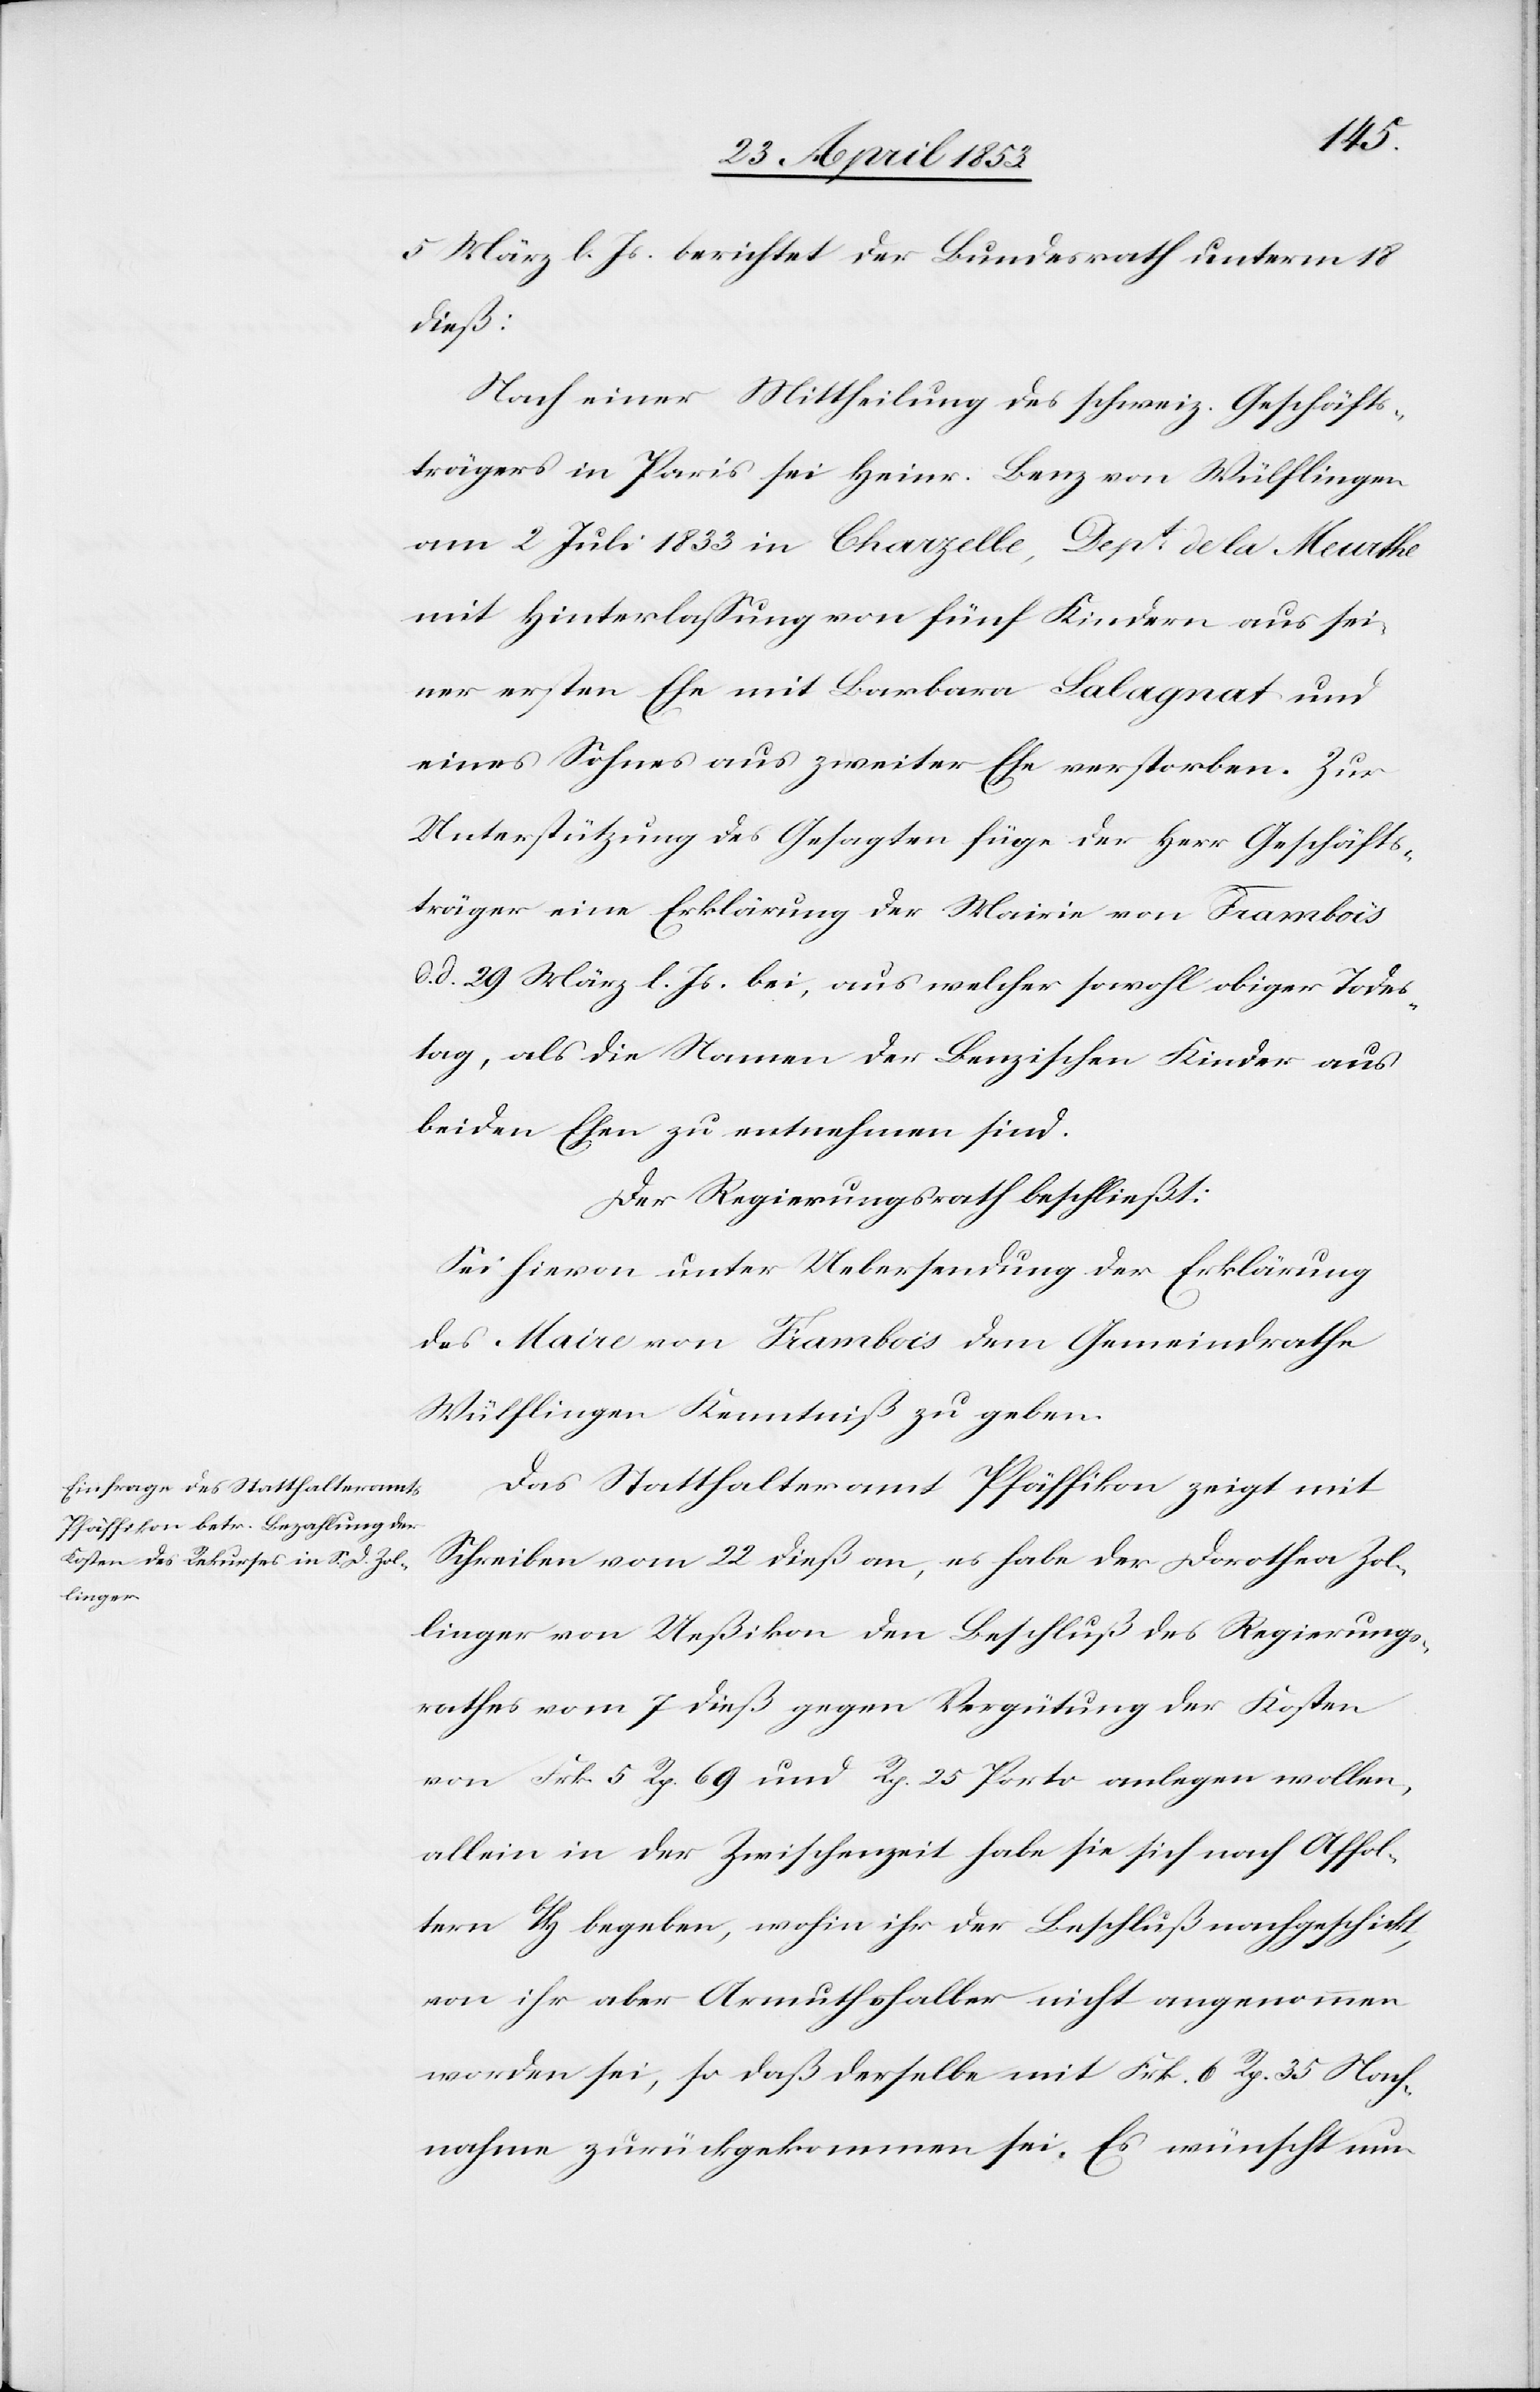
5 März l. Js. berichtet der Bundesrath unterm 18
dieß:
Nach einer Mittheilung des schweiz. Geschäfts¬
trägers in Paris sei Heinr. Benz von Wülflingen
am 2 Juli 1833 in Chapelle, Dept. de la Meurthe
mit Hinterlaßung von fünf Kindern aus sei¬
ner ersten Ehe mit Barbara Lalagnat und
eines Sohnes aus zweiter Ehe verstorben. Zur
Unterstützung des Gesagten füge der Herr Geschäfts¬
träger eine Erklärung der Mairie von Frambois
d. 29 März l. Js. bei, aus welcher sowohl obiger Todes¬
tag, als die Summe der Benzischen Kinder aus
beiden Ehen zu entnehmen sind.
Der Regierungsrath beschließt:
Sei hievon unter Uebersendung der Erklärung
des Maire von Frambois dem Gemeindrathe
Wülflingen Kenntniß zu geben.
Das Statthalteramt Pfäffikon zeigt mit
Schreiben vom 22 dieß an, es habe der Dorothea Zol¬
linger von Ueßikon den Beschluß des Regierungs¬
rathes vom 7 dieß gegen Vergütung der Kosten
von Frk. 5 Rp. 69 und Rp. 25 Porto anlegen wollen,
allein in der Zwischenzeit habe sie sich nach Affol¬
tern b/H begeben, wohin ihr der Beschluß nachgeschickt,
von ihr aber Armutshalber nicht angenommen
worden sei, daß derselbe mit Frk. 6 Rp. 35 Nach¬
nahme zurückgekommen sei. Es wünscht nun